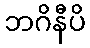
ဘဂိနီပိ